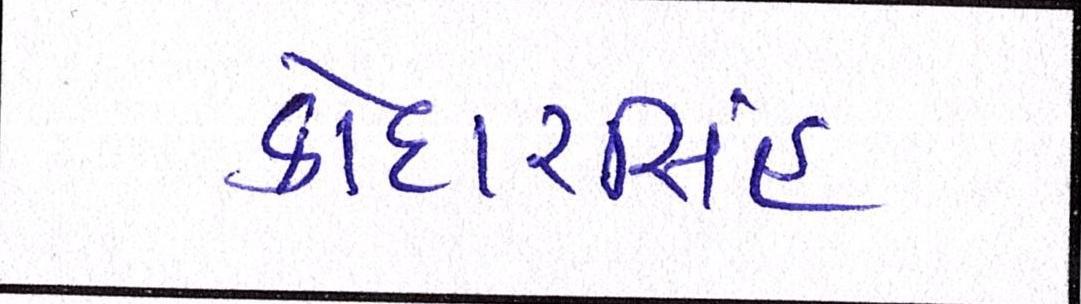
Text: કોદારસિંહ